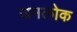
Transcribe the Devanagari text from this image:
जमलोक